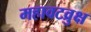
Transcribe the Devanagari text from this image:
महावटव्रुक्ष